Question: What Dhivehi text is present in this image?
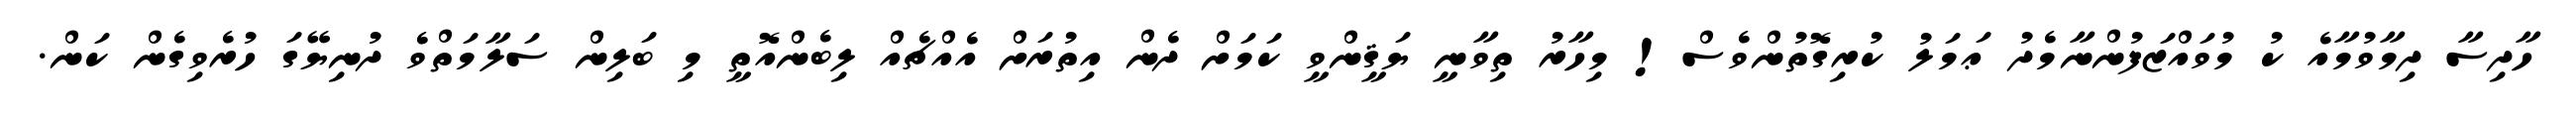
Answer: ހާދިސާ ދިމާވުމާއެ ކު މުވައްޒަފުންނާމެދު ޢަމަލު ކުރިގޮތުންވެސް! މިހާރު ތިވާނީ ޔަޤީންވީ ކަމަށް ދެން އިތުރަށް އެއްޗެއް ލިބެންއޮތީ މި ބަލިން ސަލާމަތްވެ ދުނިޔޭގަ ހުރެވިގެން ކަން.